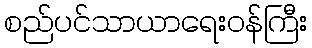
စည်ပင်သာယာရေးဝန်ကြီး